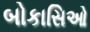
બોકાસિઓ